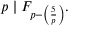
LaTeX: p \mid F _ { p - \left( { \frac { 5 } { p } } \right) } .